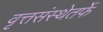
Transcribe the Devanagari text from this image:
वृत्तसंस्थेतर्फे